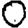
Digit: 0